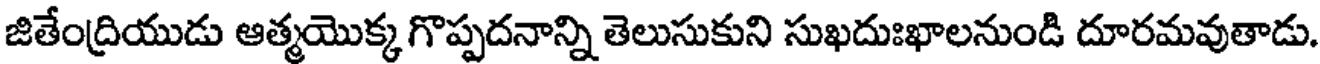
జితేంద్రియుడు ఆత్మయొక్క గొప్పదనాన్ని తెలుసుకుని సుఖదుఃఖాలనుండి దూరమవుతాడు.